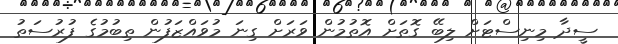
ސީދާ މިނިސްޓަށް ލިބޭ ގޮތަށް އޮތުމުން ވަރަށް ގިނަ މުވައްޒަފުން ތިބުމުގެ ފުރުސަތު